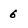
Character: 6